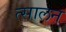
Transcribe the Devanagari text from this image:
त्सालन